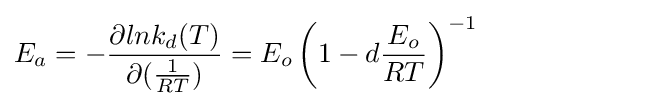
E_{a}=-{\frac {\partial lnk_{d}(T)}{\partial ({\frac {1}{RT}})}}=E_{o}\left(1-d{\frac {E_{o}}{RT}}\right)^{-1}\qquad \qquad \qquad